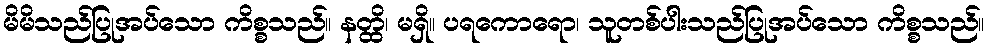
မိမိသည်ပြုအပ်သော ကိစ္စသည်။ နတ္ထိ၊ မရှိ။ ပရကောရော၊ သူတစ်ပါးသည်ပြုအပ်သော ကိစ္စသည်။